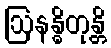
ဩနန္ဓိတုန္တိ